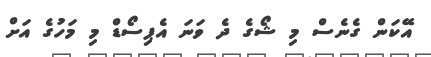
އޭކަން ގެނެސް މި ޝޯގެ ދެ ވަނަ އެޕިސޯޑް މި މަހުގެ އަށް